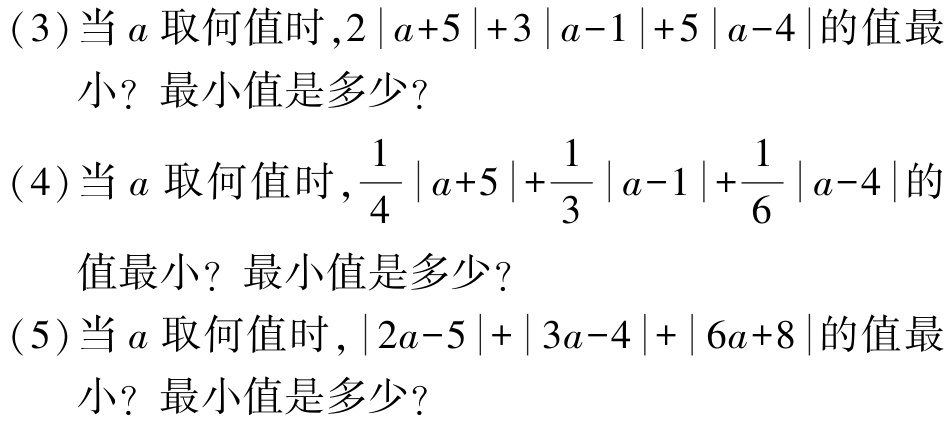
(3)当\(a\)取何值时,\(2|a + 5|+3|a - 1|+5|a - 4|\)的值最小？最小值是多少？

(4)当\(a\)取何值时,\(\frac{1}{4}|a + 5|+\frac{1}{3}|a - 1|+\frac{1}{6}|a - 4|\)的值最小？最小值是多少？

(5)当\(a\)取何值时,\(|2a - 5|+|3a - 4|+|6a + 8|\)的值最小？最小值是多少？